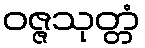
ဝဇ္ဇသုတ္တံ